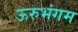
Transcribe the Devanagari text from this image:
ऊरुभंगम